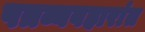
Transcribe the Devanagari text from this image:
पत्रव्यवहारांत